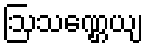
ဩသဏ္ဌေယျ